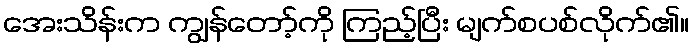
အေးသိန်းက ကျွန်တော့်ကို ကြည့်ပြီး မျက်စပစ်လိုက်၏။